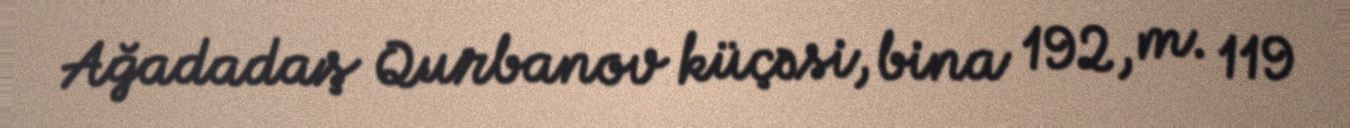
Ağadadaş Qurbanov küçəsi, bina 192, m. 119